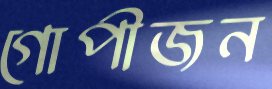
গোপীজন